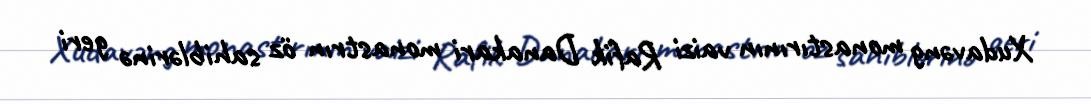
Xudavəng monastırının vaizi Rafik Danakari monastrın öz sahiblərinə geri